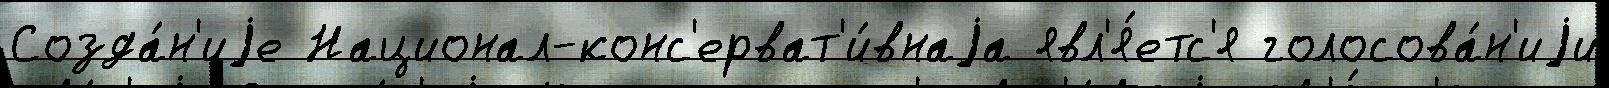
Созда́н'иjе Национал-конс'ерват'и́внаjа явл'я́етс'я голосова́н'иjи